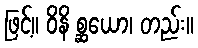
ဖြင့်။ ဝိနိ စ္ဆယော၊ တည်း။